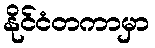
နိုင်ငံတကာမှာ